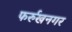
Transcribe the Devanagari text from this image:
फर्रुखनगर